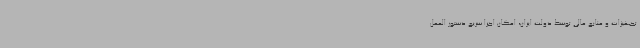
تجهیزات و منابع مالی توسط دولت ایران، امکان اجرا سریع دستور العمل